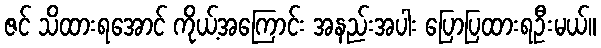
ဇင် သိထားရအောင် ကိုယ့်အကြောင်း အနည်းအပါး ပြောပြထားရဦးမယ်။